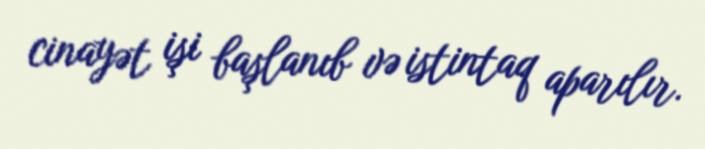
cinayət işi başlanıb və istintaq aparılır.